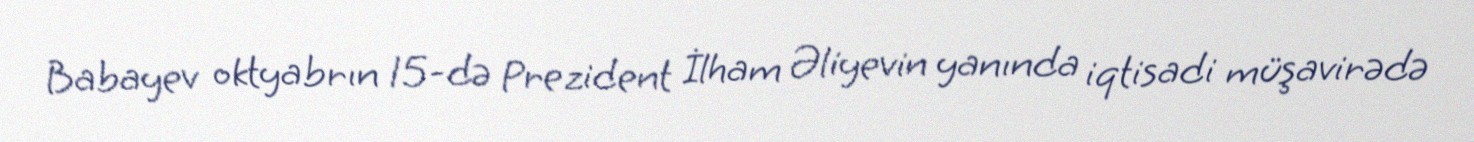
Babayev oktyabrın 15-də Prezident İlham Əliyevin yanında iqtisadi müşavirədə